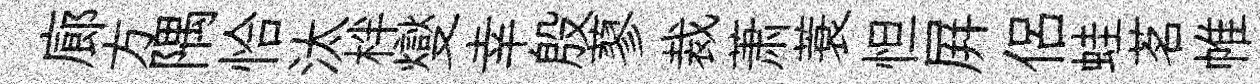
廊方隅恰汰柈燮幸殷蓼裁萧蓑怛屛侣蛙茗帷